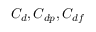
C _ { d } , C _ { d p } , C _ { d f }